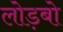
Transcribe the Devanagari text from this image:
लोड़बो